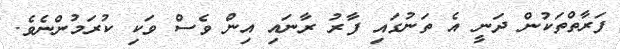
ފަރާތްތަކުން ދަނީ އެ ތަނުގައި ފާރު ރާނައި އިން ވެސް ވަކި ކުރަމުންނެވެ.